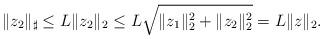
LaTeX: \begin{align*}\|z_2\|_\sharp\leq L\|z_2\|_2\leq L\sqrt{\|z_1\|_2^2+\|z_2\|_2^2}=L\|z\|_2.\end{align*}